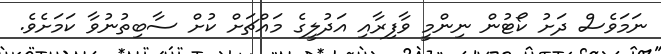
ނަމަވެސް ދަށު ކޯޓުން ނިންމީ ވާފިރާއި އަދުލީގެ މައްޗަށް ކުށް ސާބިތުނުވާ ކަމަށެވެ.